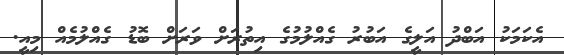
އެކަމަކު އަބްދު އަލީގެ އަބުރު ގެއްލުމުގެ އިތުރަށް ވަރަށް ބޮޑު ގެއްލުމެއް މިއީ.